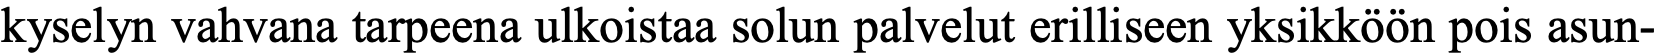
kyselyn vahvana tarpeena ulkoistaa solun palvelut erilliseen yksikköön pois asun-